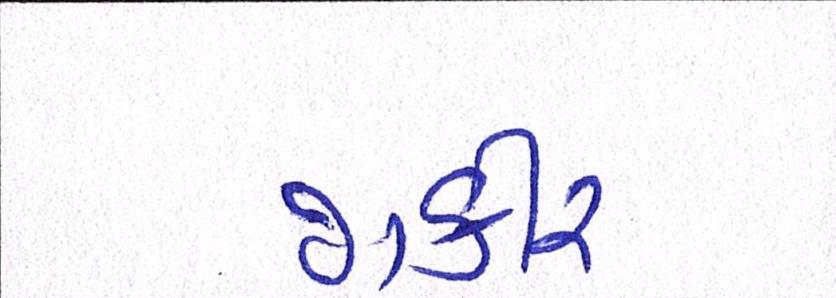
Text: જાકીર